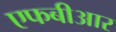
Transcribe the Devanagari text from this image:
एफबीआर